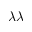
\lambda \lambda